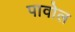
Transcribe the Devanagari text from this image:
पावोल